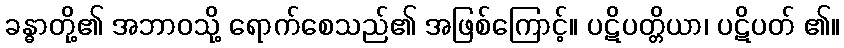
ခန္ဓာတို့၏ အဘာဝသို့ ရောက်စေသည်၏ အဖြစ်ကြောင့်။ ပဋိပတ္တိယာ၊ ပဋိပတ် ၏။